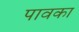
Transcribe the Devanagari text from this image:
पावका